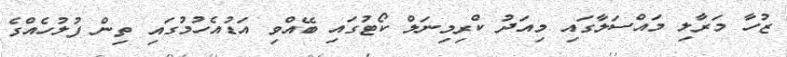
ޒުހާ މަރާލި މައްސަލާގައި މިއަދު ކްރިމިނަލް ކޯޓުގައި ބޭއްވި އަޑުއެހުމުގައި ތިން ފުލުހެއްގެ